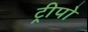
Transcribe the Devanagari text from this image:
ट्रीपो